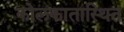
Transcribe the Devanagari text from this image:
कोलकातास्थित